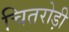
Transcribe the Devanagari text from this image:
चितरोड़ी